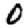
Digit: 0